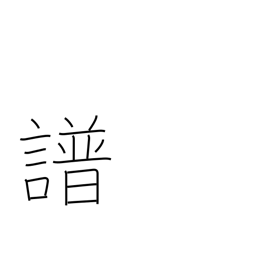
Meaning: music